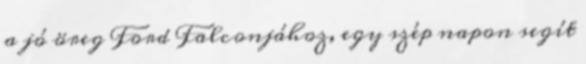
a jó öreg Ford Falconjához, egy szép napon segít